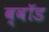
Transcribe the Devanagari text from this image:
ब्वॉड